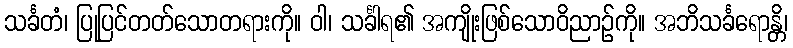
သင်္ခတံ၊ ပြုပြင်တတ်သောတရားကို။ ဝါ၊ သင်္ခါရ၏ အကျိုးဖြစ်သောဝိညာဉ်ကို။ အဘိသင်္ခရောန္တိ၊